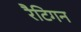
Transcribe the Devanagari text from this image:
रैटिगन